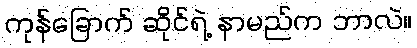
ကုန်ခြောက် ဆိုင်ရဲ့ နာမည်က ဘာလဲ။